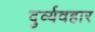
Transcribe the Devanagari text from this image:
दुर्व्‍यवहार